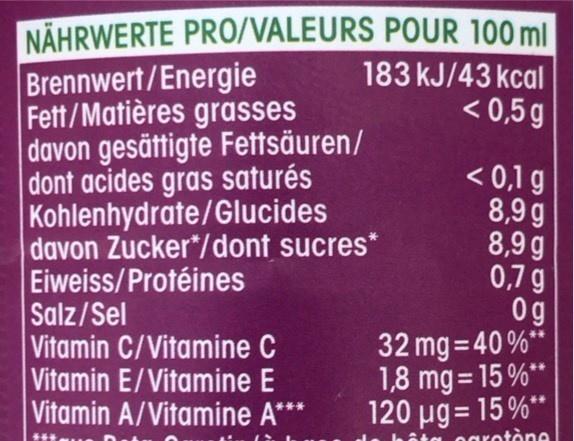
NÄHRWERTE PRO/VALEURS POUR 100 ml Brennwert/Energie Fett/Matières grasses davon gesättigte Fettsäuren/ dont acides gras saturés Kohlenhydrate/Glucides davon Zucker*/dont sucres* Eiweiss/Protéines Salz/Sel Vitamin C/Vitamine C Vitamin E/Vitamine E Vitamin A/Vitamine A***
183 kJ/43 kcal
< 0,5 g
< 0,1 g
8,9g 8,9 g 0,7 g 0g
32 mg = 40 %** 1,8 mg= 15 %**
120 ug= 15%** ogrotòne